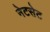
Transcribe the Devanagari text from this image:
नेटसेट